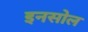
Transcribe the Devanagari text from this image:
इनसोल